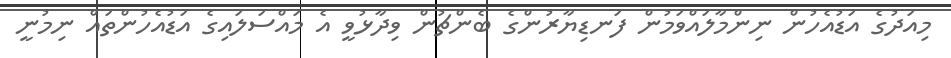
މިއަދުގެ އަޑުއެހުން ނިންމާލައްވަމުން ފަނޑިޔާރުންގެ ބެންޗުން ވިދާޅުވީ އެ މައްސަލައިގެ އަޑުއެހުންތައް ނިމުނީ